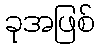
ခုအဖြစ်